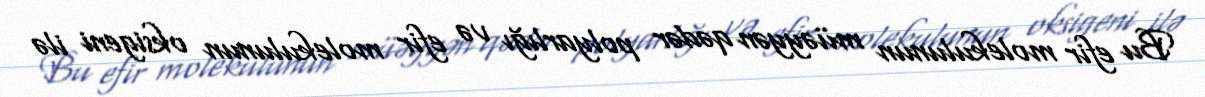
Bu efir molekulunun müəyyən qədər polyarlığı və efir molekulunun oksigeni ilə